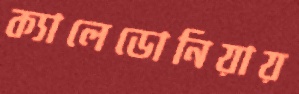
ক্যালেডোনিয়ায়